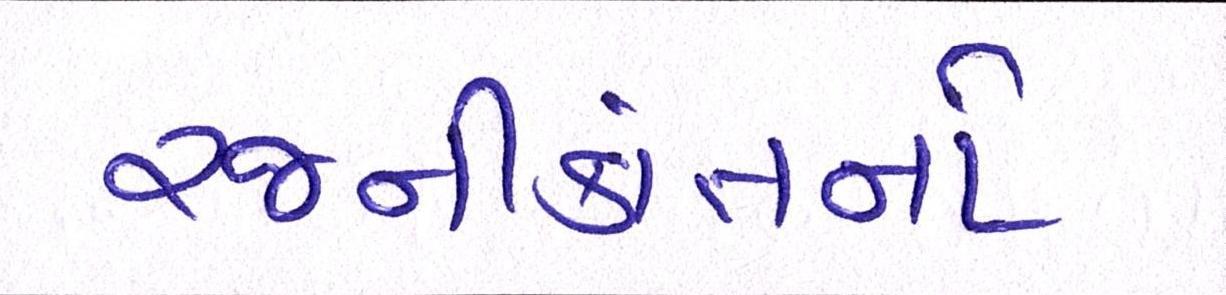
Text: રજનીકાંતનો